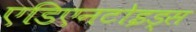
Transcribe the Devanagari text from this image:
एडिएनटोइड्स